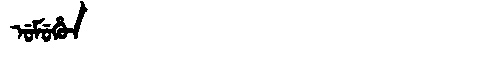
Manchu: ᡠᠮᡠᡥᡠᠨ
Romanization: UMUHUN